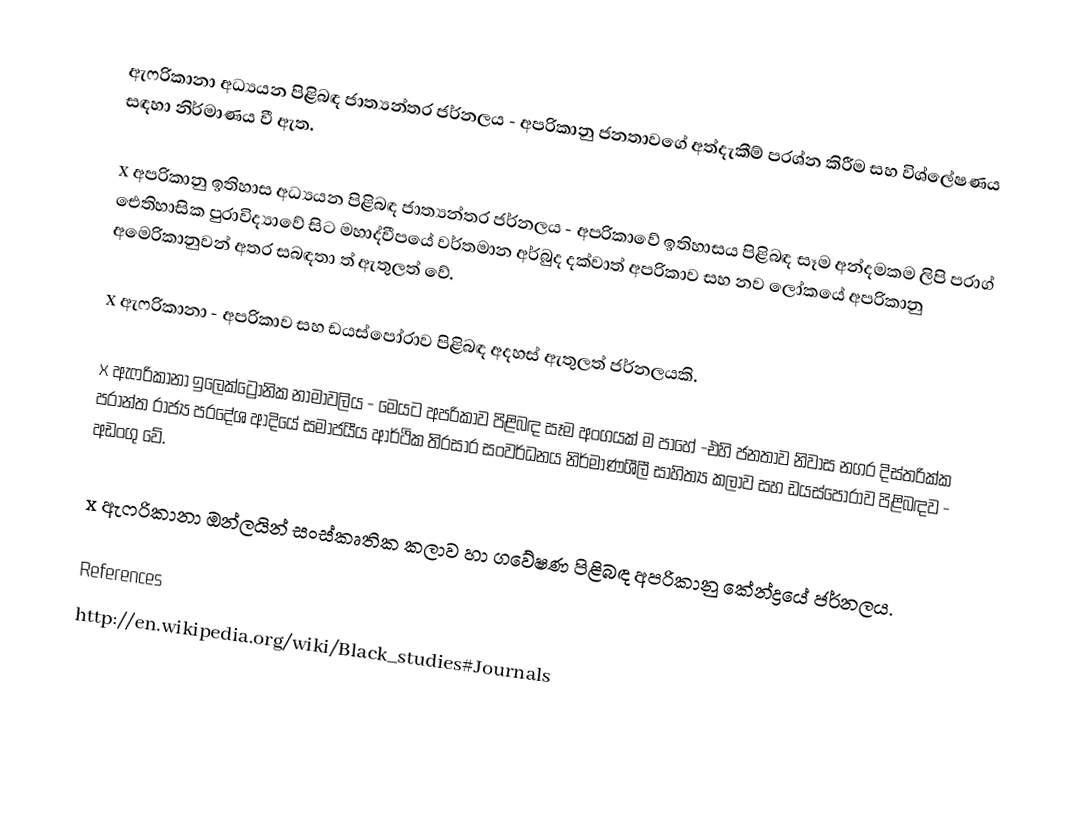
ඇෆ‍්‍රිකානා අධ්‍යයන පිළිබඳ ජාත්‍යන්තර ජර්නලය -  අප‍්‍රිකානු ජනතාවගේ අත්දැකීම් ප‍්‍රශ්න කිරීම සහ විශ්ලේෂණය සඳහා නිර්මාණය වී ඇත.

x	අප‍්‍රිකානු ඉතිහාස අධ්‍යයන පිළිබඳ ජාත්‍යන්තර ජර්නලය - අප‍්‍රිකාවේ ඉතිහාසය පිළිබඳ සෑම අන්දමකම ලිපි ප‍්‍රාග් ඓතිහාසික පුරාවිද්‍යාවේ සිට මහාද්වීපයේ වර්තමාන අර්බුද දක්වාත් අප‍්‍රිකාව සහ නව ලෝකයේ අප‍්‍රිකානු අමෙරිකානුවන් අතර සබඳතා ත් ඇතුලත් වේ.

x	ඇෆ‍්‍රිකානා - අප‍්‍රිකාව සහ ඩයස්පෝරාව පිළිබඳ අදහස් ඇතුලත් ජර්නලයකි.

x	ඇෆ‍්‍රිකානා ඉලෙක්ට්‍රොනික නාමාවලිය - මෙයට අප‍්‍රිකාව පිළිබඳ සෑම අංගයක් ම පාහේ  -එහි ජනතාව නිවාස නගර දිස්ත‍්‍රික්ක ප‍්‍රාන්ත රාජ්‍ය ප‍්‍රදේශ ආදියේ සමාජයීය ආර්ථික තිරසාර සංවර්ධනය නිර්මාණශීලී සාහිත්‍ය කලාව සහ ඩයස්පෝරාව පිළිබඳව - අඩංගු වේ.

x	ඇෆ‍්‍රිකානා ඔන්ලයින් සංස්කෘතික කලාව හා ගවේෂණ පිළිබඳ අප‍්‍රිකානු කේන්ද්‍රයේ ජර්නලය.

References
http://en.wikipedia.org/wiki/Black_studies#Journals